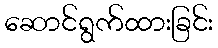
ဆောင်ရွက်ထားခြင်း